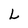
Character: L